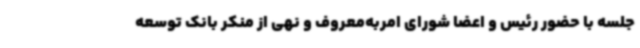
جلسه با حضور رئیس و اعضا شورای امربه‌معروف و نهی از منکر بانک توسعه